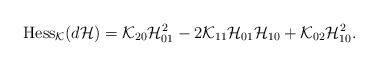
LaTeX: \begin{align*}{\mbox{Hess}}_{\cal K}(d{\cal H})={\cal K}_{20}{\cal H}_{01}^2-2{\cal K}_{11}{\cal H}_{01}{\cal H}_{10}+{\cal K}_{02}{\cal H}_{10}^2.\end{align*}